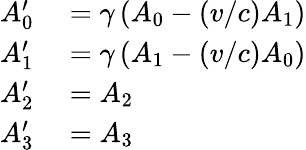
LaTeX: \begin{array}{rl}{A_{0}^{\prime}}&{{}=\gamma\left(A_{0}-(v/c)A_{1}\right)}\\ {A_{1}^{\prime}}&{{}=\gamma\left(A_{1}-(v/c)A_{0}\right)}\\ {A_{2}^{\prime}}&{{}=A_{2}}\\ {A_{3}^{\prime}}&{{}=A_{3}}\end{array}